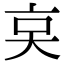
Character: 𠅌